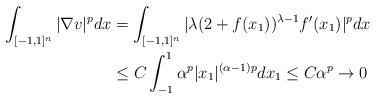
LaTeX: \begin{align*} \int_{[-1, 1]^n} |\nabla v|^pdx & = \int_{[-1, 1]^n}|\lambda(2+f(x_1))^{\lambda-1}f'(x_1)|^pdx \\ & \le C\int_{-1}^{1}\alpha^p|x_1|^{(\alpha-1)p}dx_1\le C\alpha^{p} \to 0 \end{align*}